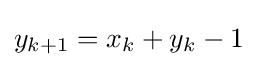
y_{k+1}=x_{k}+y_{k}-1